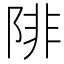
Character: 陫